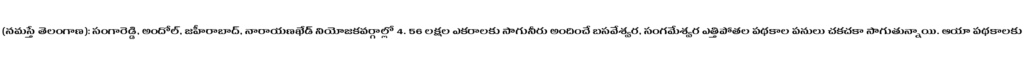
(నమస్తే తెలంగాణ): సంగారెడ్డి, అందోల్, జహీరాబాద్, నారాయణఖేడ్ నియోజకవర్గాల్లో 4. 56 లక్షల ఎకరాలకు సాగునీరు అందించే బసవేశ్వర, సంగమేశ్వర ఎత్తిపోతల పథకాల పనులు చకచకా సాగుతున్నాయి. ఆయా పథకాలకు